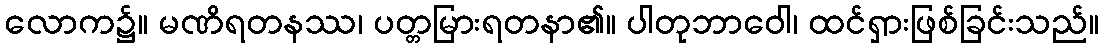
လောက၌။ မဏိရတနဿ၊ ပတ္တမြားရတနာ၏။ ပါတုဘာဝေါ၊ ထင်ရှားဖြစ်ခြင်းသည်။